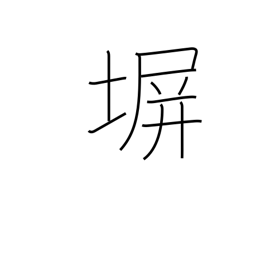
Meaning: fence